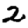
Digit: 2